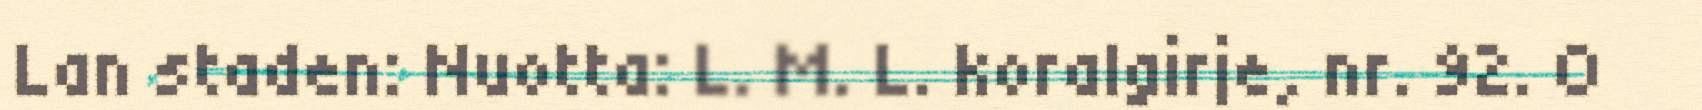
Lan staden: Nuotta: L. M. L. koralgirje, nr. 92. O